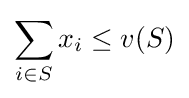
\sum _{i\in S}x_{i}\leq v(S)